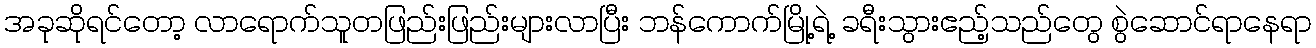
အခုဆိုရင်တော့ လာရောက်သူတဖြည်းဖြည်းများလာပြီး ဘန်ကောက်မြို့ရဲ့ ခရီးသွားဧည့်သည်တွေ စွဲဆောင်ရာနေရာ